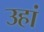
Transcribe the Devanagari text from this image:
उहां